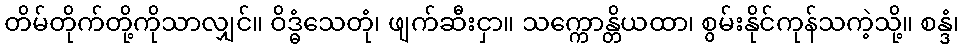
တိမ်တိုက်တို့ကိုသာလျှင်။ ဝိဒ္ဓံသေတုံ၊ ဖျက်ဆီးငှာ။ သက္ကောန္တိယထာ၊ စွမ်းနိုင်ကုန်သကဲ့သို့။ စန္ဒံ၊